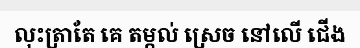
លុះត្រាតែ គេ តម្កល់ ស្រេច នៅលើ ជើង